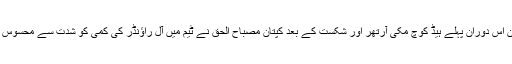
لیکن اس دوران پہلے ہیڈ کوچ مکی آرتھر اور شکست کے بعد کپتان مصباح الحق نے ٹیم میں آل راؤنڈر کی کمی کو شدت سے محسوس کیا۔